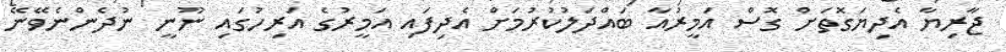
ޖާރިޔާ އެދިޔަގޮތަށް ގޮސް އަމީރުއާ ބައްދަލުކުރުމަށް އެދިފައި އަމީރުގެ އަރިހުގައި ނޫނީ ނުދެންނެވޭނޭ